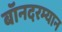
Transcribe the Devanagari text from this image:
बॉनदरम्यान